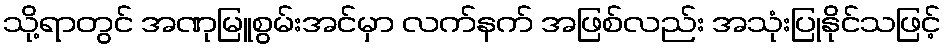
သို့ရာတွင် အဏုမြူစွမ်းအင်မှာ လက်နက် အဖြစ်လည်း အသုံးပြုနိုင်သဖြင့်